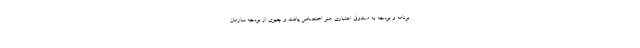
برنامه و بودجه به صندوق اعتباری هنر اختصاص یافت و چیزی از بودجه سازمان